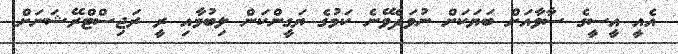
އެއީ އީސީގެ ސާވާއަށް ބަޔަކަށް ނުވަދެވޭނެ ކަމުގެ ޔަގީންކަން ލިބުމާއި ރީ ރަޖިސްޓްރޭޝަނަށް